Vaccination in Burma 1912-1922 - 1912-1922
Year: 1912
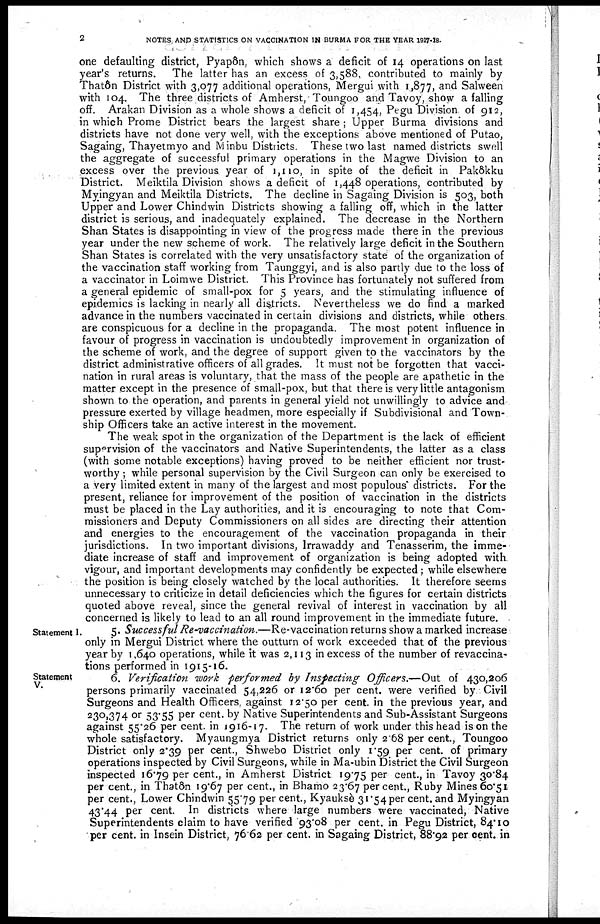
2
NOTES AND STATISTICS ON VACCINATION IN BURMA FOR THE YEAR 1917-18.
one defaulting district, Pyapôn, which shows a deficit of 14 operations on last
year's returns.
The latter has an excess of 3,588, contributed to mainly by
Thatôn District with 3,077 additional operations, Mergui with 1,877, and Salween
with 104. The three districts of Amherst, Toungoo and Tavoy, show a falling
off. Arakan Division as a whole shows a deficit of 1,454, Pegu Division of 912,
in which Prome District bears the largest share ; Upper Burma divisions and
districts have not done very well, with the exceptions above mentioned of Putao,
Sagaing, Thayetmyo and Minbu Districts. These two last named districts swell
the aggregate of successful primary operations in the Magwe Division to an
excess over the previous year of 1,110 in spite of the deficit in Pakôkku
District. Meiktila Division shows a deficit of 1,448 operations, contributed by
Myingyan and Meiktila Districts. The decline in Sagaing Division is 503, both
Upper and Lower Chindwin Districts showing a falling off, which in the latter
district is serious, and inadequately explained. The decrease in the Northern
Shan States is disappointing in view of the progress made there in the previous
year under the new scheme of work. The relatively large deficit in the Southern
Shan States is correlated with the very unsatisfactory state of the organization of
the vaccination staff working from Taunggyi, and is also partly due to the loss of
a vaccinator in Loimwe District. This Province has fortunately not suffered from
a general epidemic of small-pox for 5 years, and the stimulating influence of
epidemics is lacking in nearly all districts. Nevertheless we do find a marked
advance in the numbers vaccinated in certain divisions and districts, while others
are conspicuous for a decline in the propaganda. The most potent influence in
favour of progress in vaccination is undoubtedly improvement in organization of
the scheme of work, and the degree of support given to the vaccinators by the
district administrative officers of all grades. It must not be forgotten that vacci-
nation in rural areas is voluntary, that the mass of the people are apathetic in the
matter except in the presence of small-pox, but that there is very little antagonism
shown to the operation, and parents in general yield not unwillingly to advice and
pressure exerted by village headmen, more especially if Subdivisional and Town-
ship Officers take an active interest in the movement.
The weak spot in the organization of the Department is the lack of efficient
supervision of the vaccinators and Native Superintendents, the latter as a class
(with some notable exceptions) having proved to be neither efficient nor trust-
worthy ; while personal supervision by the Civil Surgeon can only be exercised to
a very limited extent in many of the largest and most populous districts. For the
present, reliance for improvement of the position of vaccination in the districts
must be placed in the Lay authorities, and it is encouraging to note that Com-
missioners and Deputy Commissioners on all sides are directing their attention
and energies to the encouragement of the vaccination propaganda in their
jurisdictions. In two important divisions, Irrawaddy and Tenasserim, the imme-
diate increase of staff and improvement of organization is being adopted with
vigour, and important developments may confidently be expected; while elsewhere
the position is being closely watched by the local authorities. It therefore seems
unnecessary to criticize in detail deficiencies which the figures for certain districts
quoted above reveal, since the general revival of interest in vaccination by all
concerned is likely to lead to an all round improvement in the immediate future.
Statement I.
5. Successful Re-vaccination.—Re-vaccination
returns show a marked increase
only in Mergui District where the outturn of work exceeded that of the previous
year by 1,640 operations, while it was 2,113 in excess of the number of revaccina-
tions performed in 1915-16.
Statement
V.
6. Verification work performed by Inspecting Officers.—Out of 430,206
persons primarily vaccinated 54,226 or 12.60 per cent. were verified by Civil
Surgeons and Health Officers, against 12.50 per cent. in the previous year, and
230,374 or 53.55 per cent. by Native Superintendents and Sub-Assistant Surgeons
against 55.26 per cent. in 1916-17. The return of work under this head is on the
whole satisfactory. Myaungmya District returns only 2.68 per cent., Toungoo
District only 2.39 per cent., Shwebo District only 1.59 per cent. of primary
operations inspected by Civil Surgeons, while in Ma-ubin District the Civil Surgeon
inspected 16.79 per cent., in Amherst District 19.75 per cent., in Tavoy 30.84
per cent., in Thatôn 19.67 per cent., in Bhamo 23.67 per cent, Ruby Mines 60.51
per cent., Lower Chindwin 55.79 per cent., Kyauksè 31.54 per cent. and Myingyan
43.44 per cent. In districts where large numbers were vaccinated, Native
Superintendents claim to have verified 93.08 per cent. in Pegu District, 84.10
per cent. in Insein District, 76.62 per cent. in Sagaing District, 88.92 per cent. in